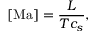
[ \mathrm { M a } ] = \frac { L } { T c _ { s } } ,